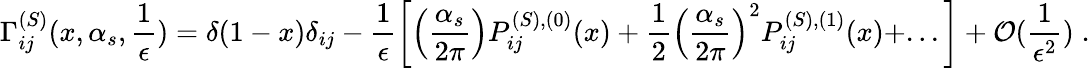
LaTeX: \Gamma_{ij}^{(S)}(x,\alpha_{s},\frac{1}{\epsilon})=\delta(1-x)\delta_{ij}-\frac{1}{\epsilon}\left[\left(\frac{\alpha_{s}}{2\pi}\right)P_{ij}^{(S),(0)}(x)+\frac{1}{2}\left(\frac{\alpha_{s}}{2\pi}\right)^{2}P_{ij}^{(S),(1)}(x)+...\right]+{\cal O}(\frac{1}{\epsilon^{2}})\; .